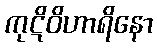
ကုဋိဝိဟာရိနော